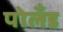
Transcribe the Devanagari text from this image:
पोलँड